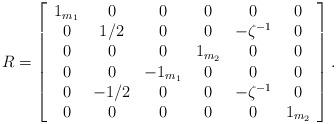
LaTeX: \begin{align*}R=\left[\begin{array}{cccccc}1_{m_1} & 0 & 0 & 0 & 0 & 0\\0 & 1/2 & 0 & 0 &-\zeta^{-1} & 0\\0 & 0 & 0 & 1_{m_2} & 0 & 0\\0 & 0 & -1_{m_1} & 0 & 0 & 0\\0 & -1/2 & 0 & 0 & -\zeta^{-1} & 0\\0 & 0 & 0 & 0 & 0 & 1_{m_2}\end{array}\right].\end{align*}